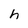
Character: h